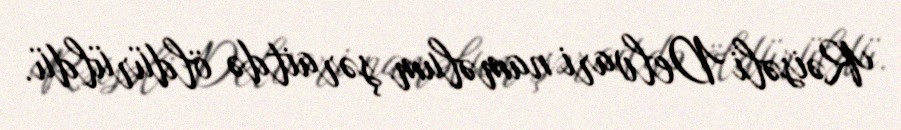
Rəisəli Delvari naməlum şəraitdə öldürüldü.